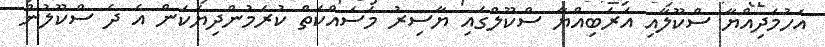
އަހުމަދިއްޔާ ސްކޫލާއި އަރަބިއްޔާ ސްކޫލްގައި ޔާސިރު މަސައްކަތް ކުރަމުންދިޔަކަން އެ ދެ ސްކޫލުން